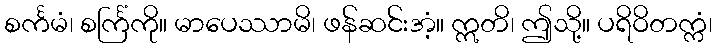
စင်္ကမံ၊ စင်္ကြံကို။ မာပေဿာမိ၊ ဖန်ဆင်းအံ့။ ဣတိ၊ ဤသို့။ ပရိဝိတက္ကံ၊